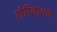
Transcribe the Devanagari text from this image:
गोपिनाथन